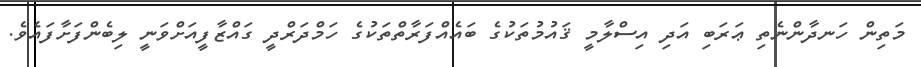
މަތިން ހަނދާންނެތި ޢަރަބި އަދި އިސްލާމީ ޤައުމުތަކުގެ ބައެއްފަރާތްތަކުގެ ހަމްދަރްދީ ގައްޒާފީއަށްވަނީ ލިބެންފަށާފައެވެ.